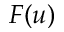
F ( u )